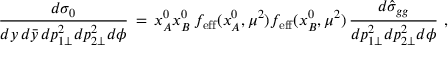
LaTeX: { \frac { d \sigma _ { 0 } } { d y \, d { \bar { y } } \, d p _ { 1 \perp } ^ { 2 } d p _ { 2 \perp } ^ { 2 } d \phi } } \, = \, x _ { A } ^ { 0 } x _ { B } ^ { 0 } \, f _ { \mathrm { e f f } } ( x _ { A } ^ { 0 } , \mu ^ { 2 } ) f _ { \mathrm { e f f } } ( x _ { B } ^ { 0 } , \mu ^ { 2 } ) \, { \frac { d \hat { \sigma } _ { g g } } { d p _ { 1 \perp } ^ { 2 } d p _ { 2 \perp } ^ { 2 } d \phi } } \ ,